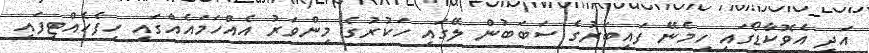
އަދި އެވޮކާޑޯގައި ހިމެނޭ ފައިބަރުގެ ސަބަބުން ލޭގައި ހަކުރުގެ މިންވަރު އެއްހަމައެއްގައި ހިފެހެއްޓިފައި